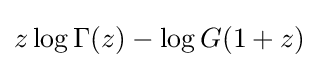
z\log \Gamma (z)-\log G(1+z)